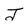
Character: J